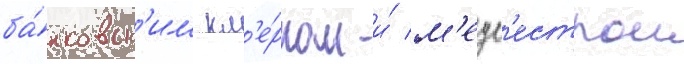
ба́нковск'им кл'е́рком и́ м'едс'естрои